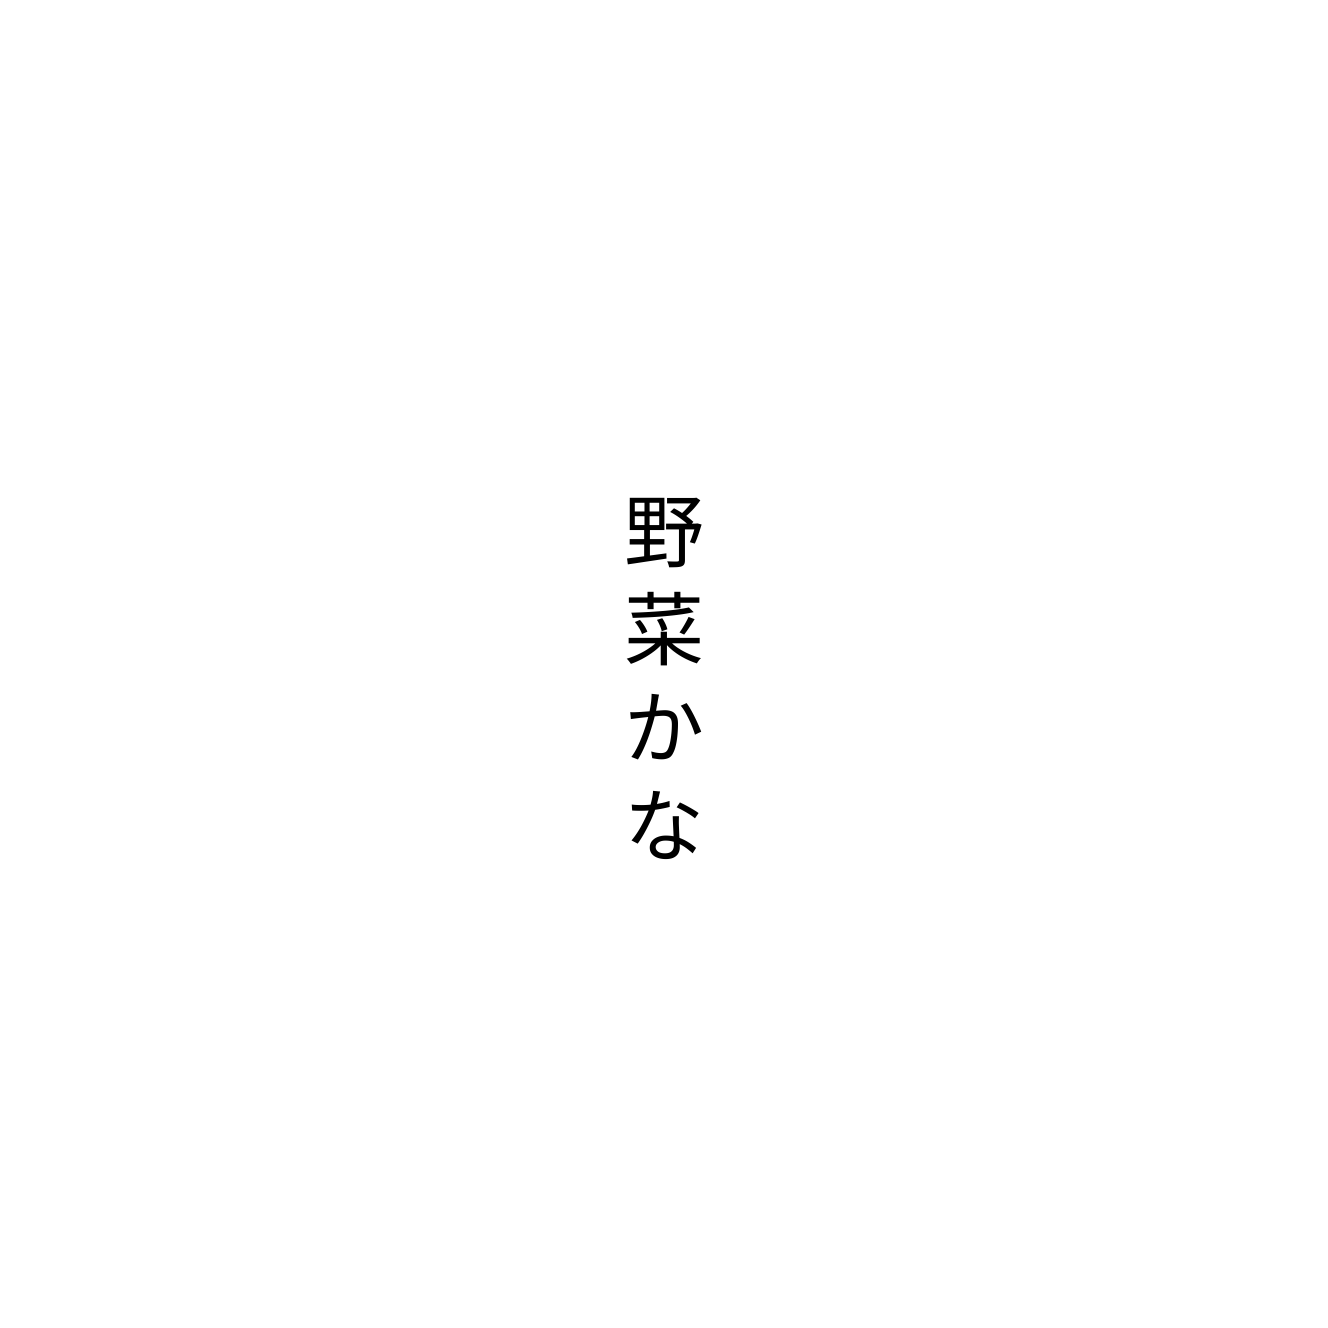
野菜かな